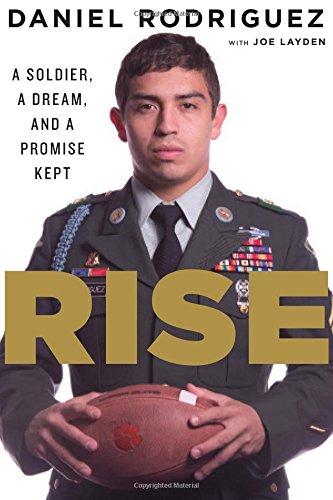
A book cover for Rise: A Soldier, a Dream, and a Promise Kept; Daniel Rodriguez; Biographies & Memoirs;